Indian journal of veterinary science and animal husbandry - Volume 12,
Year: 1942
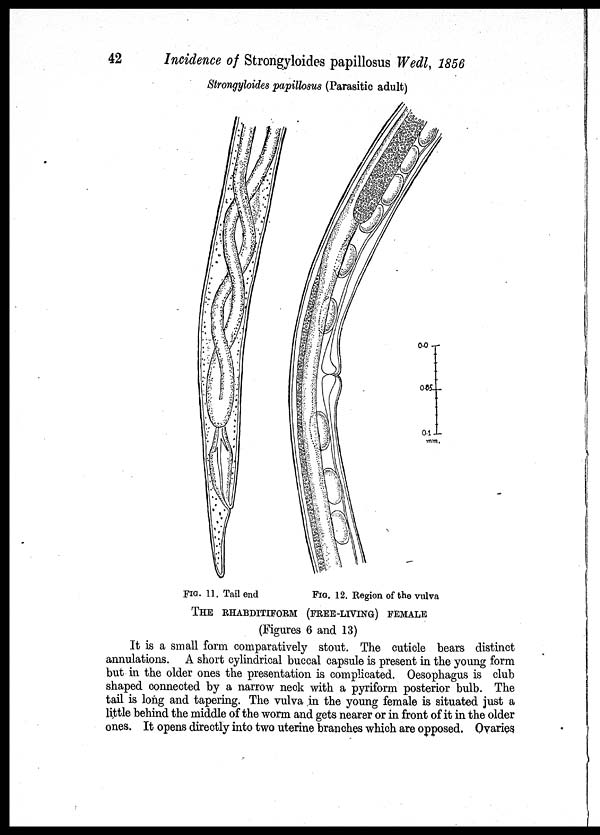
42
Incidence of Strongyloides papillosus Wedl, 1856
Strongyloides papillosus (Parasitic adult)
FIG. 11. Tail end.
FIG. 12. Region of the vulva
THE RHABDITIFORM (FREE-LIVING) FEMALE
(Figures 6 and 13)
It is a small form comparatively stout. The cuticle bears distinct
annulations. A short cylindrical buccal capsule is present in the young form
but in the older ones the presentation is complicated. Oesophagus is club
shaped connected by a narrow neck with a pyriform posterior bulb. The
tail is long and tapering. The vulva in the young female is situated just a
little behind the middle of the worm and gets nearer or in front of it in the older
ones. It opens directly into two uterine branches which are opposed. Ovaries